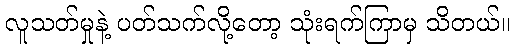
လူသတ်မှုနဲ့ ပတ်သက်လို့တော့ သုံးရက်ကြာမှ သိတယ်။